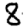
Digit: 8